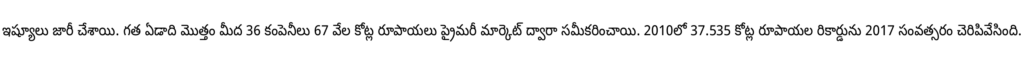
ఇష్యూలు జారీ చేశాయి. గత ఏడాది మొత్తం మీద 36 కంపెనీలు 67 వేల కోట్ల రూపాయలు ప్రైమరీ మార్కెట్ ద్వారా సమీకరించాయి. 2010లో 37.535 కోట్ల రూపాయల రికార్డును 2017 సంవత్సరం చెరిపివేసింది.